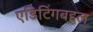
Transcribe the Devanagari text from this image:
एडिटिंगबद्दल